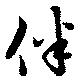
伴